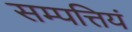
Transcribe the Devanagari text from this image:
सम्पत्तियं